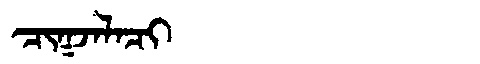
Manchu: ᠴᡳᡴᠵᠠᠯᠠᠴᡳ
Romanization: CIKJALACI